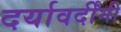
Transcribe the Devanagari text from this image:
दर्यावर्दींनी